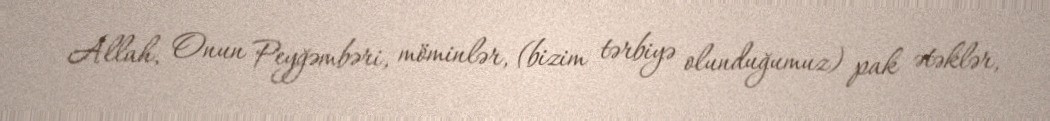
Allah, Onun Peyğəmbəri, möminlər, (bizim tərbiyə olunduğumuz) pak ətəklər,